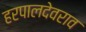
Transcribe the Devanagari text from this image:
हरपालदेवराव